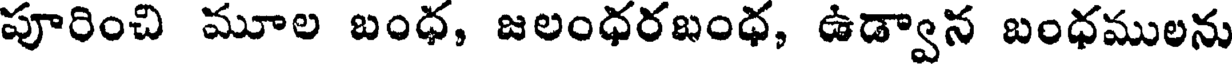
పూరించి మూల బంధ, జలంధరబంధ, ఉడ్వాన బంధములను